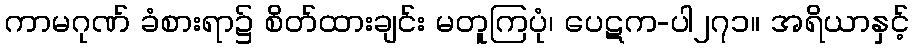
ကာမဂုဏ် ခံစားရာ၌ စိတ်ထားချင်း မတူကြပုံ၊ ပေဋက-ပါ၂၇၁။ အရိယာနှင့်